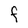
Character: F